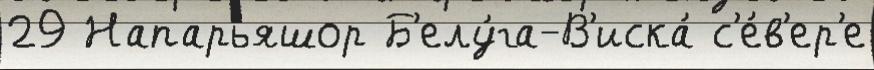
29 Напарьяшор Б'елу́га-В'иска́ с'е́в'ер'е